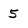
Character: 5